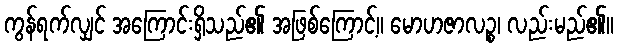
ကွန်ရက်လျှင် အကြောင်းရှိသည်၏ အဖြစ်ကြောင့်။ မောဟဇာလဉ္စ၊ လည်းမည်၏။